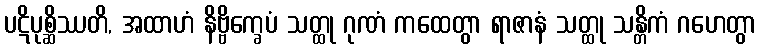
ပဋိပုစ္ဆိဿတိ, အထာဟံ နိဗ္ဗိက္ခေပံ သတ္ထု ဂုဏံ ကထေတွာ ရာဇာနံ သတ္ထု သန္တိကံ ဂဟေတွာ